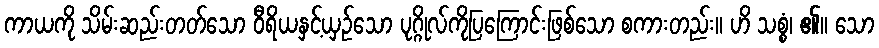
ကာယကို သိမ်းဆည်းတတ်သော ဝီရိယနှင့်ယှဉ်သော ပုဂ္ဂိုလ်ကိုပြကြောင်းဖြစ်သော စကားတည်း။ ဟိ သစ္စံ၊ ၏။ သော